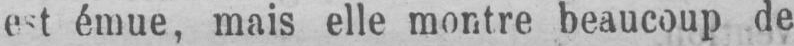
est émue, mais elle montre beaucoup de